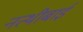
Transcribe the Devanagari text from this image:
नत्थीबाई